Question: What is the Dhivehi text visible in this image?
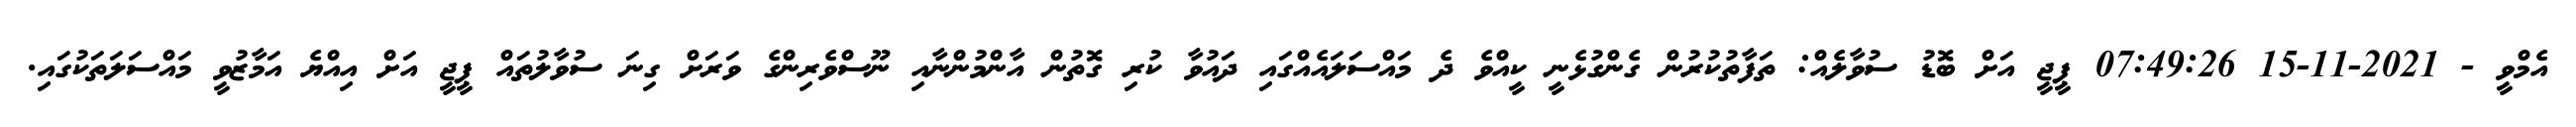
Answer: އެމްވީ - 2021-11-15 07:49:26 ޕީޖީ އަށް ބޮޑު ސުވާލެއް: ތަފާތުކުރުން ގެންގުޅެނީ ކީއްވެ ދެ މައްސަލައެއްގައި ދައުވާ ކުރި ގޮތުން އާންމުންނާއި ނޫސްވެރިންގެ ވަރަށް ގިނަ ސުވާލުތައް ޕީޖީ އަށް އިއްޔެ އަމާޒުވީ މައްސަލަތަކުގައި.